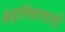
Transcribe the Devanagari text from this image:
ब्रह्मविद्यावादी